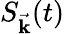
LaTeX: S_{\vec{\mathbf{k}}}(t)